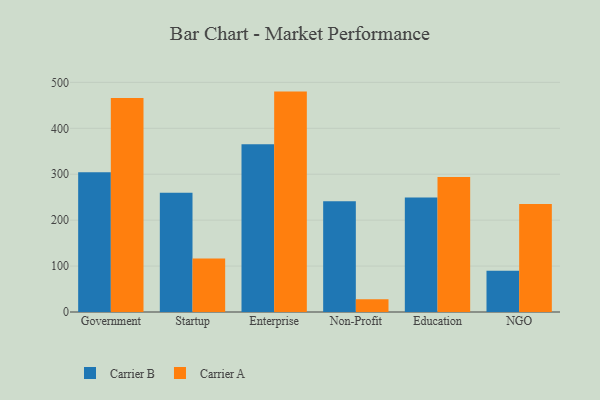
{"axis": {"x": "Segment", "y": "Shipments"}, "legend": ["Carrier A", "Carrier B"], "data": [{"x": "Government", "y": 304.4, "type": "Carrier B"}, {"x": "Government", "y": 466.1, "type": "Carrier A"}, {"x": "Startup", "y": 259.4, "type": "Carrier B"}, {"x": "Startup", "y": 116.5, "type": "Carrier A"}, {"x": "Enterprise", "y": 365.5, "type": "Carrier B"}, {"x": "Enterprise", "y": 479.9, "type": "Carrier A"}, {"x": "Non-Profit", "y": 241.1, "type": "Carrier B"}, {"x": "Non-Profit", "y": 27.5, "type": "Carrier A"}, {"x": "Education", "y": 249.4, "type": "Carrier B"}, {"x": "Education", "y": 294.1, "type": "Carrier A"}, {"x": "NGO", "y": 89.8, "type": "Carrier B"}, {"x": "NGO", "y": 235.3, "type": "Carrier A"}]}